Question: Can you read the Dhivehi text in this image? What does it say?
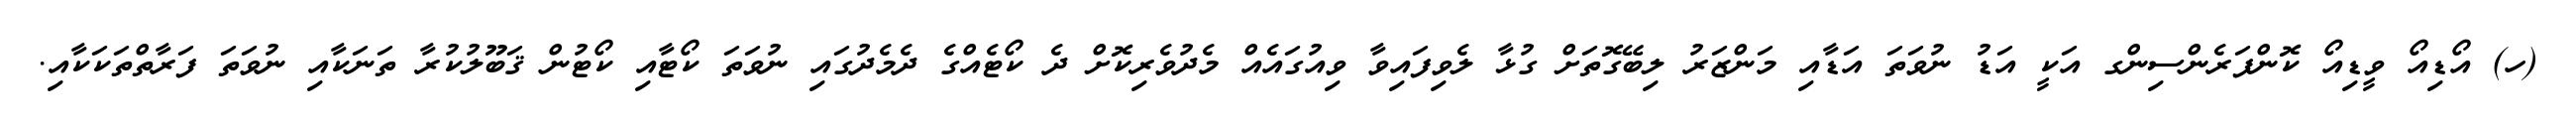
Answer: (ހ) އޯޑިއޯ ވީޑިއޯ ކޮންފަރެންސިންގ އަކީ އަޑު ނުވަތަ އަޑާއި މަންޒަރު ލިބޭގޮތަށް ގުޅާ ލެވިފައިވާ ވިއުގައެއް މެދުވެރިކޮށް ދެ ކޯޓެއްގެ ދެމެދުގައި ނުވަތަ ކޯޓާއި ކޯޓުން ޤަބޫލުކުރާ ތަނަކާއި ނުވަތަ ފަރާތްތަކަކާއި.